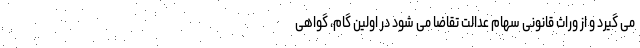
می گیرد و از وراث قانونی سهام عدالت تقاضا می شود در اولین گام، گواهی